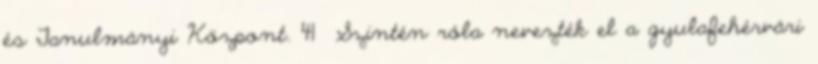
és Tanulmányi Központ. 41 Szintén róla nevezték el a gyulafehérvári